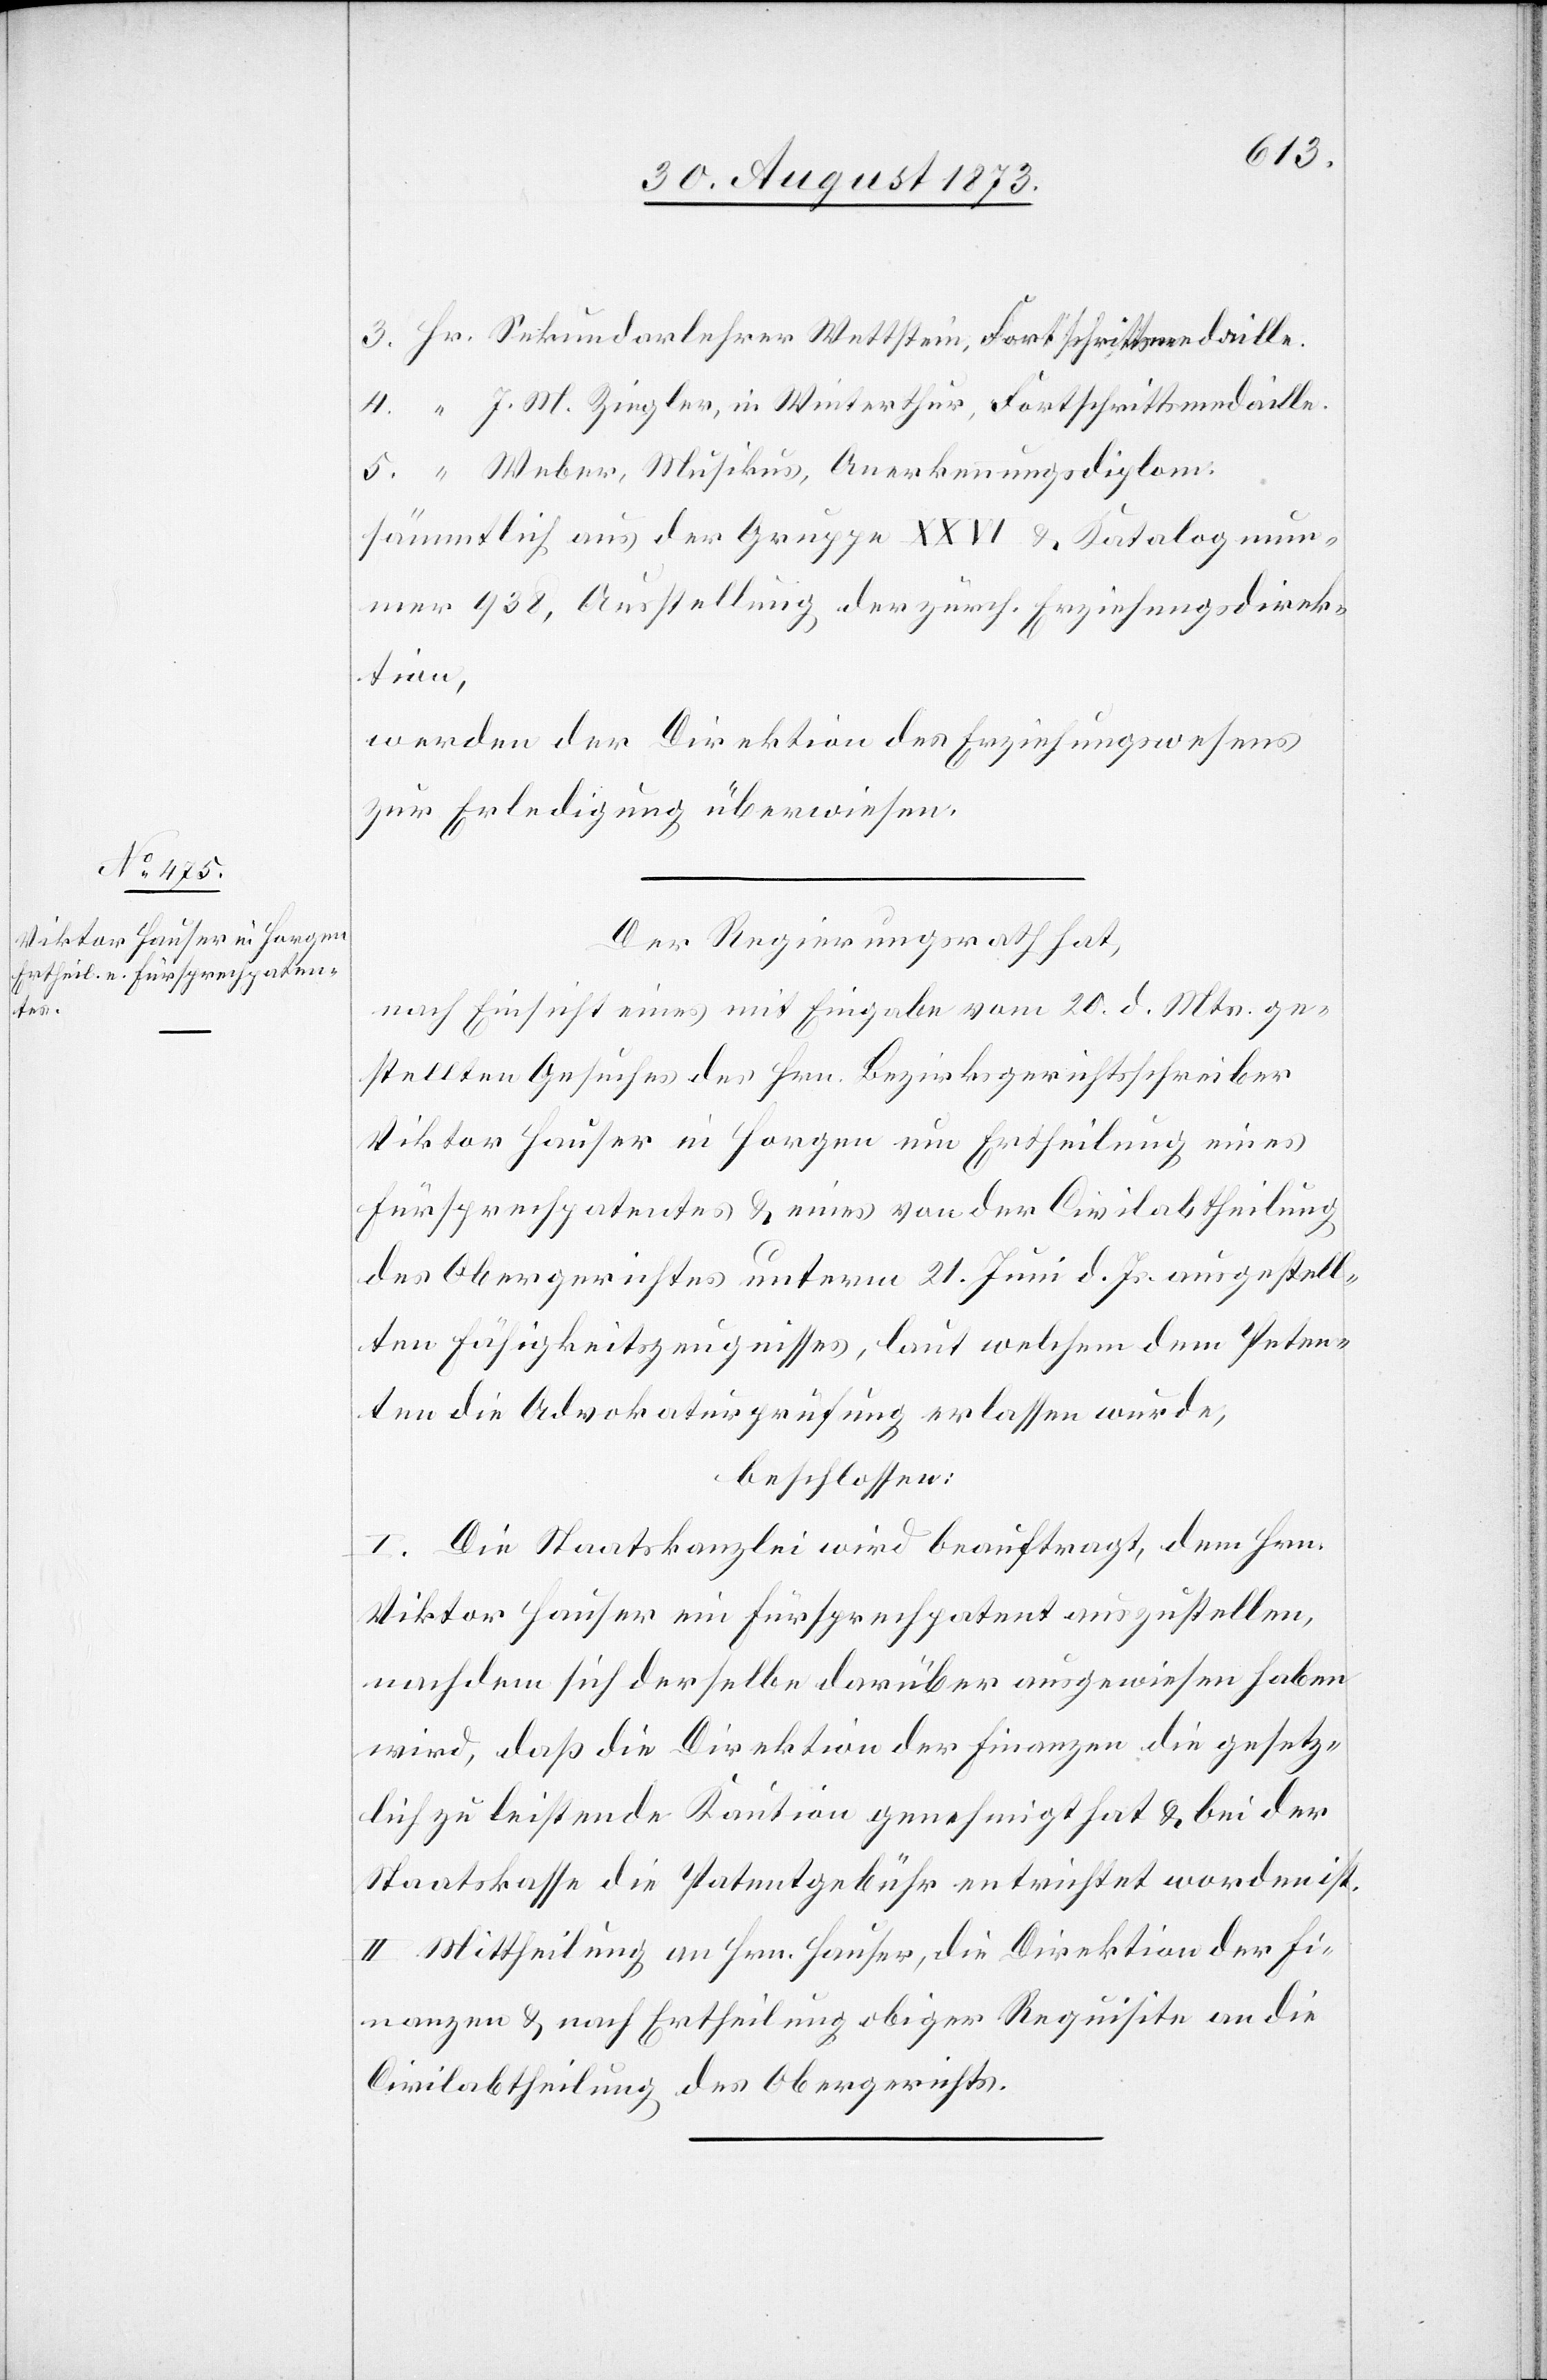
3. Hr. Sekundarlehrer Wettstein, Fortschrittsmedaille.
4. “ J. M. Ziegler, in Winterthur, Fortschrittsmedaille.
5. “ Weber, Musikus, Anerkennungsdiplom.
sämmtlich aus der Gruppe XXVI & Katalognum¬
mer 938, Ausstellung der zürch. Erziehungsdirek¬
tion,
werden der Direktion des Erziehungswesens
zur Erledigung überwiesen.
Der Regierungsrath hat,
nach Einsicht eines mit Eingabe vom 20. d. Mts. ge¬
stellten Gesuches des Hrn. Bezirksgerichtsschreiber
Viktor Hauser in Horgen um Ertheilung eines
Fürsprechpatentes & eines von der Civilabtheilung
des Obergerichtes unterm 21. Juni d. Js. ausgestell¬
ten Fähigkeitszeugnisses, laut welchem dem Peten¬
ten die Advokaturprüfung erlassen wurde,
beschlossen:
I. Die Staatskanzlei wird beauftragt, dem Hrn.
Viktor Hauser ein Fürsprechpatent auszustellen,
nachdem sich derselbe darüber ausgewiesen haben
wird, daß die Direktion der Finanzen die gesetz¬
lich zu leistende Kaution genehmigt hat & bei der
Staatskasse die Patentgebühr entrichtet worden ist.
II. Mittheilung an Hrn. Hauser, die Direktion der Fi¬
nanzen & nach Ertheilung obiger Requisite an die
Civilabtheilung des Obergerichts.